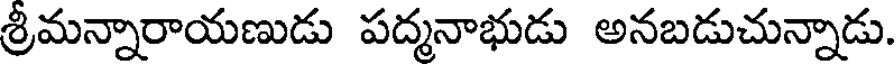
శ్రీమన్నారాయణుడు పద్మనాభుడు అనబడుచున్నాడు.